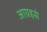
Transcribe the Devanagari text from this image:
आग्रहसे